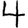
Digit: 4